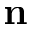
{ \bf n }